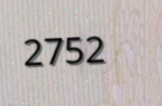
2752